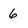
Character: 6